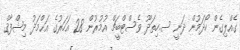
ގެއްލިގެން ހޯދަމުން ދަނީ ސ.ހިތަދޫ ވެސްޓްބީޗް އުމުރުން 28 އަހަރުގެ އަޙްމަދު މިޝްފާޤް